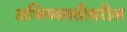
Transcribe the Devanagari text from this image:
अभिव्यक्तीवरील